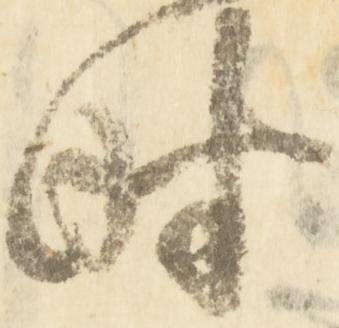
時